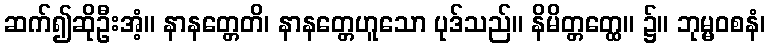
ဆက်၍ဆိုဦးအံ့။ နာနတ္တေတိ၊ နာနတ္တေဟူသော ပုဒ်သည်။ နိမိတ္တတ္ထေ။ ၌။ ဘုမ္မဝစနံ၊